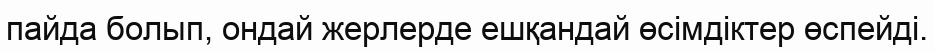
пайда болып, ондай жерлерде ешқандай өсімдіктер өспейді.